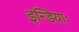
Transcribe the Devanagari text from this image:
इन्डियाः